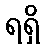
ရရှိ